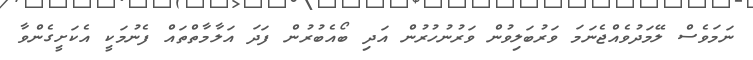
ނަމަވެސް ލޭމަދުވެއްޖެނަމަ ވަރުބަލިވުން ވަރުނުހުރުން އަދި ބޯއެބުރުން ފަދަ އަލާމާތްތައް ފެނުމަކީ އެކަށީގެންވާ